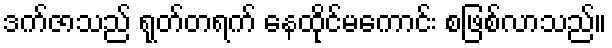
ဒက်ဇာသည် ရုတ်တရက် နေထိုင်မကောင်း စဖြစ်လာသည်။